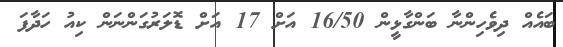
ބައެއް ދިވެހިންނާ ބަންގާޅީން 16/50 އަށް 17 އަށް ޑޮލަރުގަންނަން ކިއު ހަދާފަ